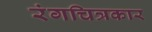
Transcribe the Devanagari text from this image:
रंगचित्रकार